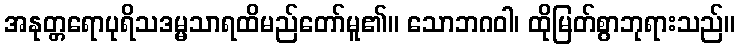
အနုတ္တရောပုရိသဒမ္မသာရထိမည်တော်မူ၏။ သောဘဂဝါ၊ ထိုမြတ်စွာဘုရားသည်။